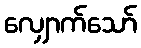
လျှောက်သော်